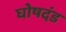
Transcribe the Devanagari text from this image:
घोषदंड